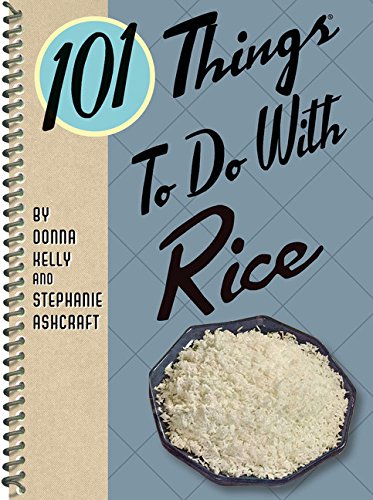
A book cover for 101 Things to do with Rice; Donna Kelly; Cookbooks, Food & Wine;